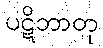
ပဋိဘာတု